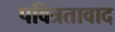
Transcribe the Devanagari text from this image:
पवित्रतावाद